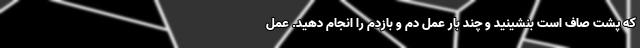
که پشت صاف است بنشینید و چند بار عمل دم و بازدم را انجام دهید. عمل